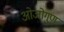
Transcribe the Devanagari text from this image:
ओजोगुण